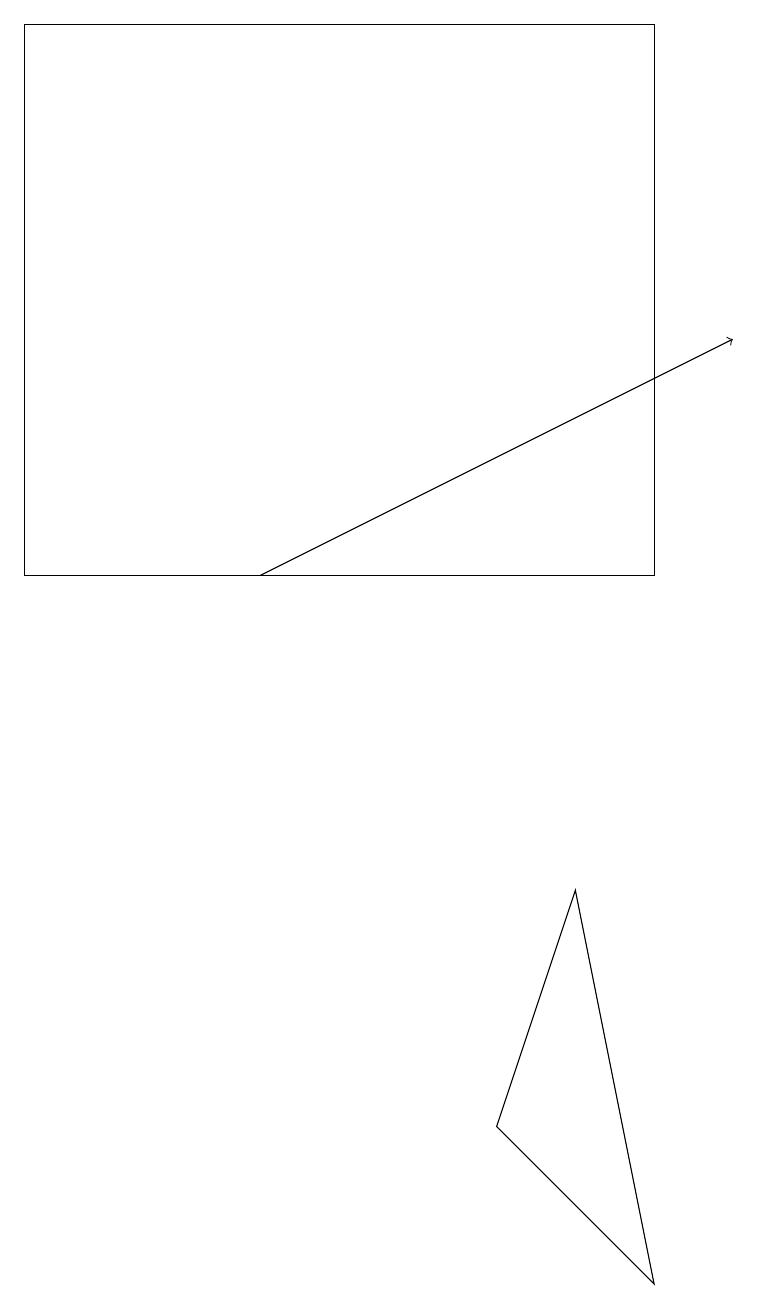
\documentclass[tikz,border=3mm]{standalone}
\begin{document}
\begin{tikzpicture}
\draw (8,1) -- (7,6) -- (6,3) -- cycle;
\draw (8,10) rectangle (0,17);
\draw[->] (3,10) -- (9,13);
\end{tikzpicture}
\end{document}